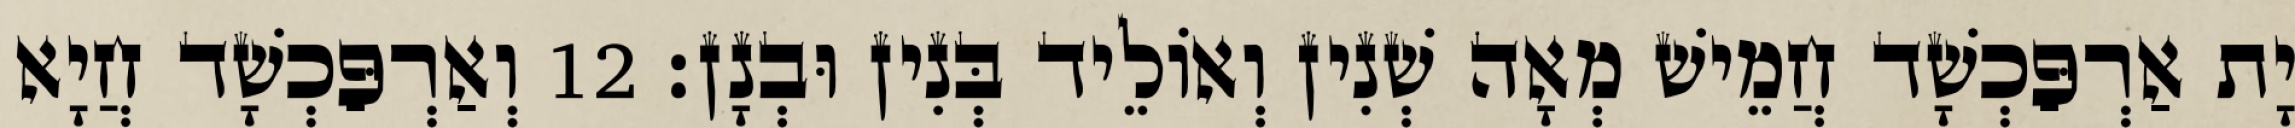
יָת אַרְפַּכְשָׁד חֲמֵישׁ מְאָה שְׁנִין וְאוֹלֵיד בְּנִין וּבְנָן׃ 12 וְאַרְפַּכְשָׁד חֲיָא